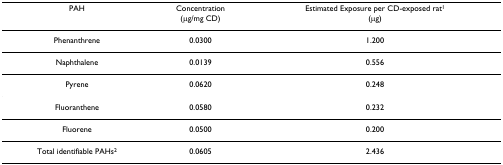
| PAH | Concentration(μg/mg CD) | Estimated Exposure per CD-exposed rat1(μg) |
 | --- | --- | --- |
 | Phenanthrene | 0.0300 | 1.200 |
 | Naphthalene | 0.0139 | 0.556 |
 | Pyrene | 0.0620 | 0.248 |
 | Fluoranthene | 0.0580 | 0.232 |
 | Fluorene | 0.0500 | 0.200 |
 | Total identifiable PAHs2 | 0.0605 | 2.436 |